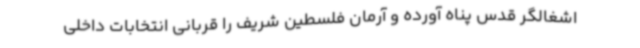
اشغالگر قدس پناه آورده و آرمان فلسطین شریف را قربانی انتخابات داخلی